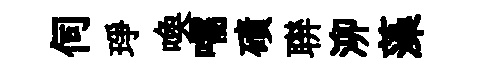
伺琤喚嚅磧聨泖藻